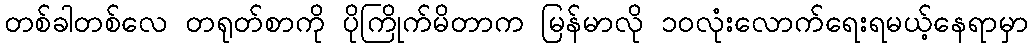
တစ်ခါတစ်လေ တရုတ်စာကို ပိုကြိုက်မိတာက မြန်မာလို ၁ဝလုံးလောက်ရေးရမယ့်နေရာမှာ